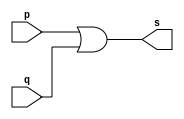
// -------------------------
// Exemplo0004 - OR
// Nome: Gabriel Carlos Damasceno Arriel
// -------------------------
// -------------------------
// -- or gate
// -------------------------
module orgate ( output s,
                         input  p, q);
assign s = p | q;
endmodule // orgate
// ---------------------
// -- test or gate
// ---------------------
module testorgate;
// ------------------------- dados locais
   reg   a, b; // definir registradores
wire  s;    // definir conexao (fio)
// ------------------------- instancia
   orgate OR1 (s, a, b);
// ------------------------- preparacao
   initial begin:start
                   // atribuicao simultanea
// dos valores iniciais
      a=0; b=0;
   end// ------------------------- parte principal
   initial begin
         $display("Exemplo0004 - Gabriel Carlos Damasceno Arriel - 451557");
         $display("Test OR gate");
$display("\na & b = s\n");
           a=0; b=0;
  #1   $display("%b & %b = %b", a, b, s);
           a=0; b=1;
  #1   $display("%b & %b = %b", a, b, s);
           a=1; b=0;
  #1   $display("%b & %b = %b", a, b, s);
           a=1; b=1;
  #1   $display("%b & %b = %b", a, b, s);
end
endmodule // testorgate